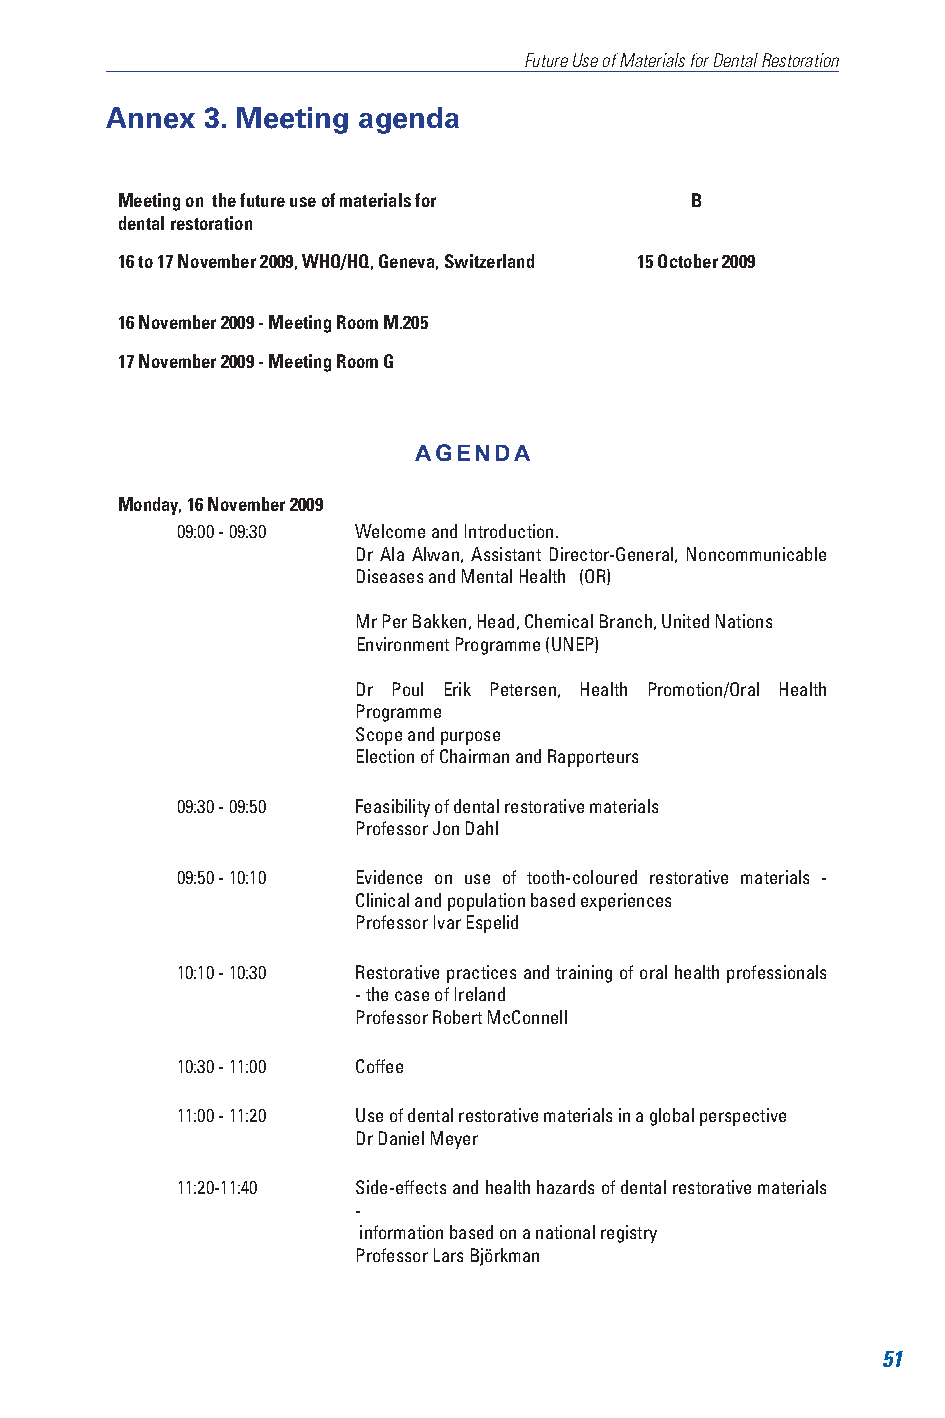
Future Use of Materials for Dental Restoration
 Annex 3. Meeting agenda
 Meeting on the future use of materials for B
 dental restoration
 16 to 17 November 2009, WHO/HQ, Geneva, Switzerland 15 October 2009
 16 November 2009 - Meeting Room M.205
 17 November 2009 - Meeting Room G
 AGENDA
 Monday, 16 November 2009
 09:00 - 09:30 Welcome and Introduction.
 Dr Ala Alwan, Assistant Director-General, Noncommunicable
 Diseases and Mental Health (OR)
 Mr Per Bakken, Head, Chemical Branch, United Nations
 Environment Programme (UNEP)
 Dr Poul Erik Petersen, Health Promotion/Oral Health
 Programme
 Scope and purpose
 Election of Chairman and Rapporteurs
 09:30 - 09:50 Feasibility of dental restorative materials
 Professor Jon Dahl
 09:50 - 10:10 Evidence on use of tooth-coloured restorative materials -
 Clinical and population based experiences
 Professor Ivar Espelid
 10:10 - 10:30 Restorative practices and training of oral health professionals
 - the case of Ireland
 Professor Robert McConnell
 10:30 - 11:00 Coffee
 11:00 - 11:20 Use of dental restorative materials in a global perspective
 Dr Daniel Meyer
 11:20-11:40 Side-effects and health hazards of dental restorative materials
 -
 information based on a national registry
 Professor Lars Björkman
 51